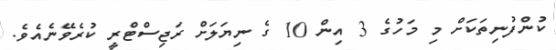
ކުންފުނިތަކަށް މި މަހުގެ 3 އިން 10 ގެ ނިޔަލަށް ރަޖިސްޓްރީ ކުރެވޭނެއެވެ.